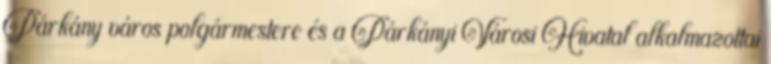
Párkány város polgármestere és a Párkányi Városi Hivatal alkalmazottai